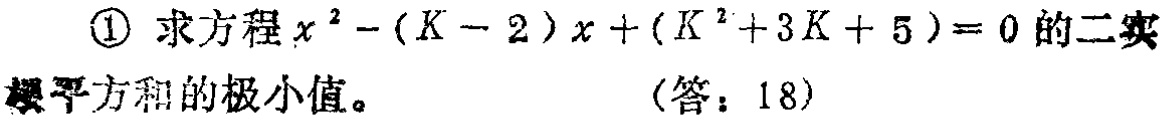
\textcircled{1} 求方程 \(x^{2}-(K - 2)x+(K^{2}+3K + 5)=0\) 的二实根平方和的极小值。
(答：18)